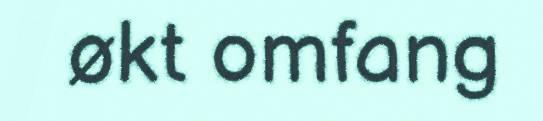
økt omfang